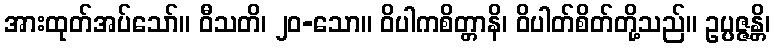
အားထုတ်အပ်သော်။ ဝီသတိ၊ ၂၀-သော။ ဝိပါကစိတ္တာနိ၊ ဝိပါတ်စိတ်တို့သည်။ ဥပ္ပဇ္ဇန္တိ၊